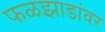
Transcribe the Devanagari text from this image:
फळझाडांवर